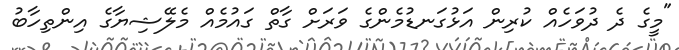
"މީގެ ދެ ދުވަހެއް ކުރިން އަޅުގަނޑުމެންގެ ވަރަށް ގާތް ގައުމެއް މެލޭޝިޔާގެ އިންތިހާބު